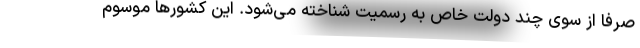
صرفاً از سوی چند دولت خاص به رسمیت شناخته می‌شود. این کشورها موسوم